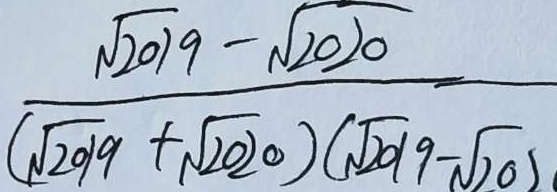
\frac { \sqrt { 2 0 1 9 } - \sqrt { 2 0 1 0 } } { ( \sqrt { 1 2 0 9 } + \sqrt { 2 0 2 0 } ) ( \sqrt { 2 0 1 9 } - \sqrt { 2 0 2 } }